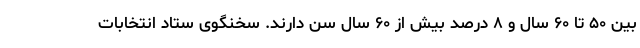
بین ۵۰ تا ۶۰ سال و ۸ درصد بیش از ۶۰ سال سن دارند. سخنگوی ستاد انتخابات